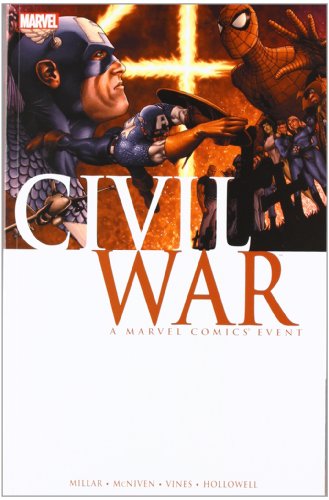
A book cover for Civil War; Mark Millar; Comics & Graphic Novels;